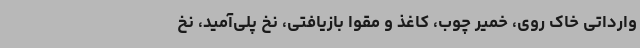
وارداتی خاک روی، خمیر چوب، کاغذ و مقوا بازیافتی، نخ پلی‌آمید، نخ